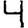
Digit: 4